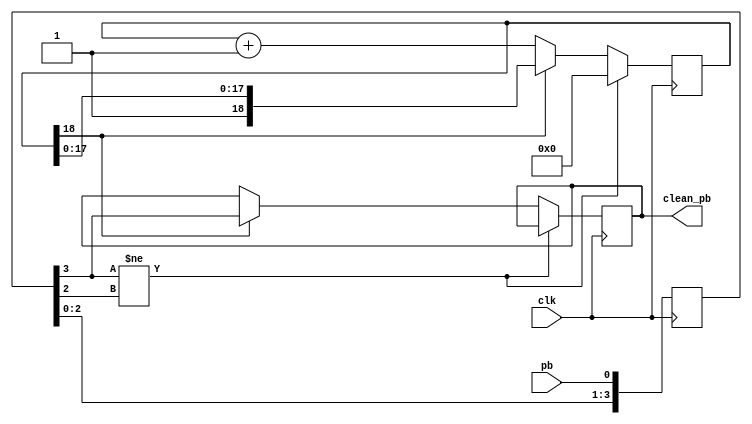
//
//  HPSDR - High Performance Software Defined Radio
//
//  Hermes code. 
//
//  This program is free software; you can redistribute it and/or modify
//  it under the terms of the GNU General Public License as published by
//  the Free Software Foundation; either version 2 of the License, or
//  (at your option) any later version.
//
//  This program is distributed in the hope that it will be useful,
//  but WITHOUT ANY WARRANTY; without even the implied warranty of
//  MERCHANTABILITY or FITNESS FOR A PARTICULAR PURPOSE.  See the
//  GNU General Public License for more details.
//
//  You should have received a copy of the GNU General Public License
//  along with this program; if not, write to the Free Software
//  Foundation, Inc., 59 Temple Place, Suite 330, Boston, MA  02111-1307  USA

// (C) Phil Harman VK6APH 2006, 2007, 2008, 2009, 2010, 2011, 2012, 2013 


// Push Button debounce routine
// Found on the Internet, author unknown
// used to debounce a switch or push button.
// Input is pb and outout clean_pb.
// Button must be stable for debounce time before state changes,
// debounce time is dependent on clk and counter_bits

// eg with clock = 24MHz and counter_bits = 18 stable time is 

//  (10^-6/24) * 2^18 = 11mS

//  Phil Harman VK6APH 15th February 2006

module debounce(clean_pb, pb, clk);
	
	output clean_pb;
	input pb, clk;
	
parameter counter_bits = 18;

reg [counter_bits:0] count;
reg [3:0] pb_history;
reg clean_pb;

always @ (posedge clk)
begin
	pb_history <= {pb_history[2:0], pb};
	
	if (pb_history[3] != pb_history[2])
		count <= 1'b0;
	else if(count[counter_bits])
		clean_pb <= pb_history[3];
	else
		count <= count + 1'b1;
end 
endmodule